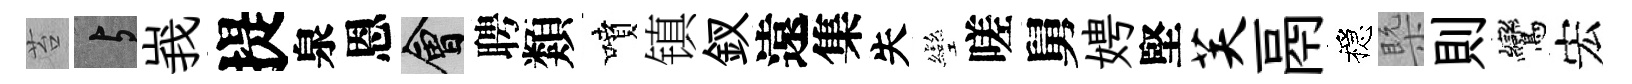
苔与峩提泉恩會聘類噴镇釵遠集失彎嗟舅娉堅芙鬲穩槩則鸞宏